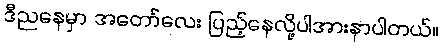
ဒီညနေမှာ အတော်လေး ပြည့်နေလို့ပါအားနာပါတယ်။